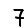
Digit: 7